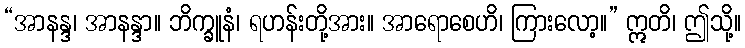
“အာနန္ဒ၊ အာနန္ဒာ။ ဘိက္ခူနံ၊ ရဟန်းတို့အား။ အာရောစေဟိ၊ ကြားလော့။” ဣတိ၊ ဤသို့။